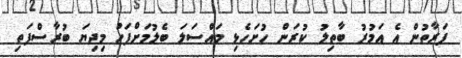
ފަރާތުން އެ އަމުރު ބާތިލު ކުރަން ހުށަހެޅި މައްސަލަ ބެލުމަށްފަހު މިދިޔަ ބުރާސްފަތި